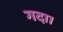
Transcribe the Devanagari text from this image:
गदा।